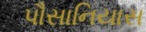
પૌસાનિયાસ